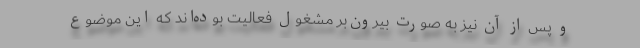
و پس از آن نیز به صورت بیرون‌بر مشغول فعالیت بوده‌اند که این موضوع